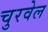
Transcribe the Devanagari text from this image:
चुरवेल